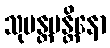
သုမန္တမန္တိနော